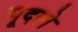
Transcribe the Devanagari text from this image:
पूदले